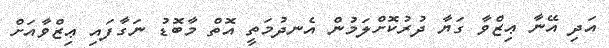
އަދި އޭނާ ޢިޒްވާ ގަޔާ ދުރުކޮށްލަމުން އެނދުމަތީ އޮތް މާބޮޑު ނަގާފައި ޢިޒްވާއަށް